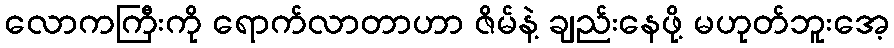
လောကကြီးကို ရောက်လာတာဟာ ဇိမ်နဲ့ ချည်းနေဖို့ မဟုတ်ဘူးအေ့